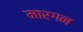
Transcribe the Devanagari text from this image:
मारगन